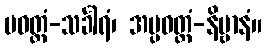
ပဝတ္တံ-သင်္ခါရံ၊ အပ္ပဝတ္တံ-နိဗ္ဗာနံ။